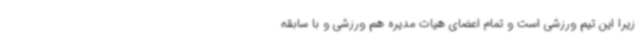
زیرا این تیم ورزشی است و تمام اعضای هیات مدیره هم ورزشی و با سابقه